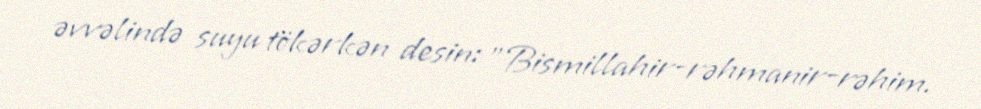
əvvəlində suyu tökərkən desin: "Bismillahir-rəhmanir-rəhim.